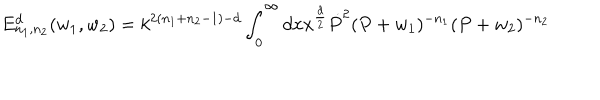
E _ { n _ { 1 } , n _ { 2 } } ^ { d } ( w _ { 1 } , w _ { 2 } ) = k ^ { 2 ( n _ { 1 } + n _ { 2 } - 1 ) - d } \int _ { 0 } ^ { \infty } { d } x x ^ { \frac { d } { 2 } } \dot { P } ^ { 2 } ( P + w _ { 1 } ) ^ { - n _ { 1 } } ( P + w _ { 2 } ) ^ { - n _ { 2 } }